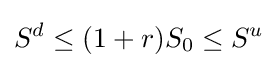
S^{d}\leq (1+r)S_{0}\leq S^{u}